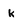
Character: K